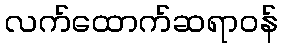
လက်ထောက်ဆရာဝန်